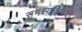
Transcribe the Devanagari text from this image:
समस्यांवरची